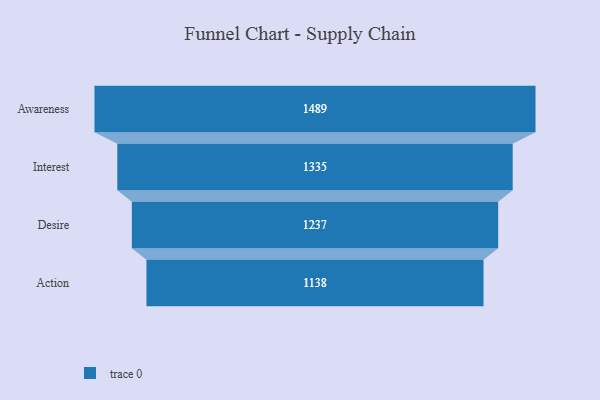
{"axis": {"x": "Stage", "y": "Value"}, "legend": [""], "data": [{"x": "Awareness", "y": 1489.0, "type": ""}, {"x": "Interest", "y": 1335.0, "type": ""}, {"x": "Desire", "y": 1237.0, "type": ""}, {"x": "Action", "y": 1138.0, "type": ""}]}